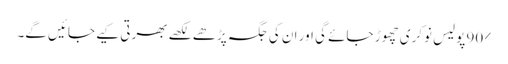
90% پولیس نوکری چھوڑ جائے گی اور ان کی جگہ پڑھے لکھے بھرتی کیے جائیں گے۔